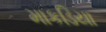
માકડિયા